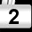
Digit: 2